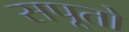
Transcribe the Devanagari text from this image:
सपूतो